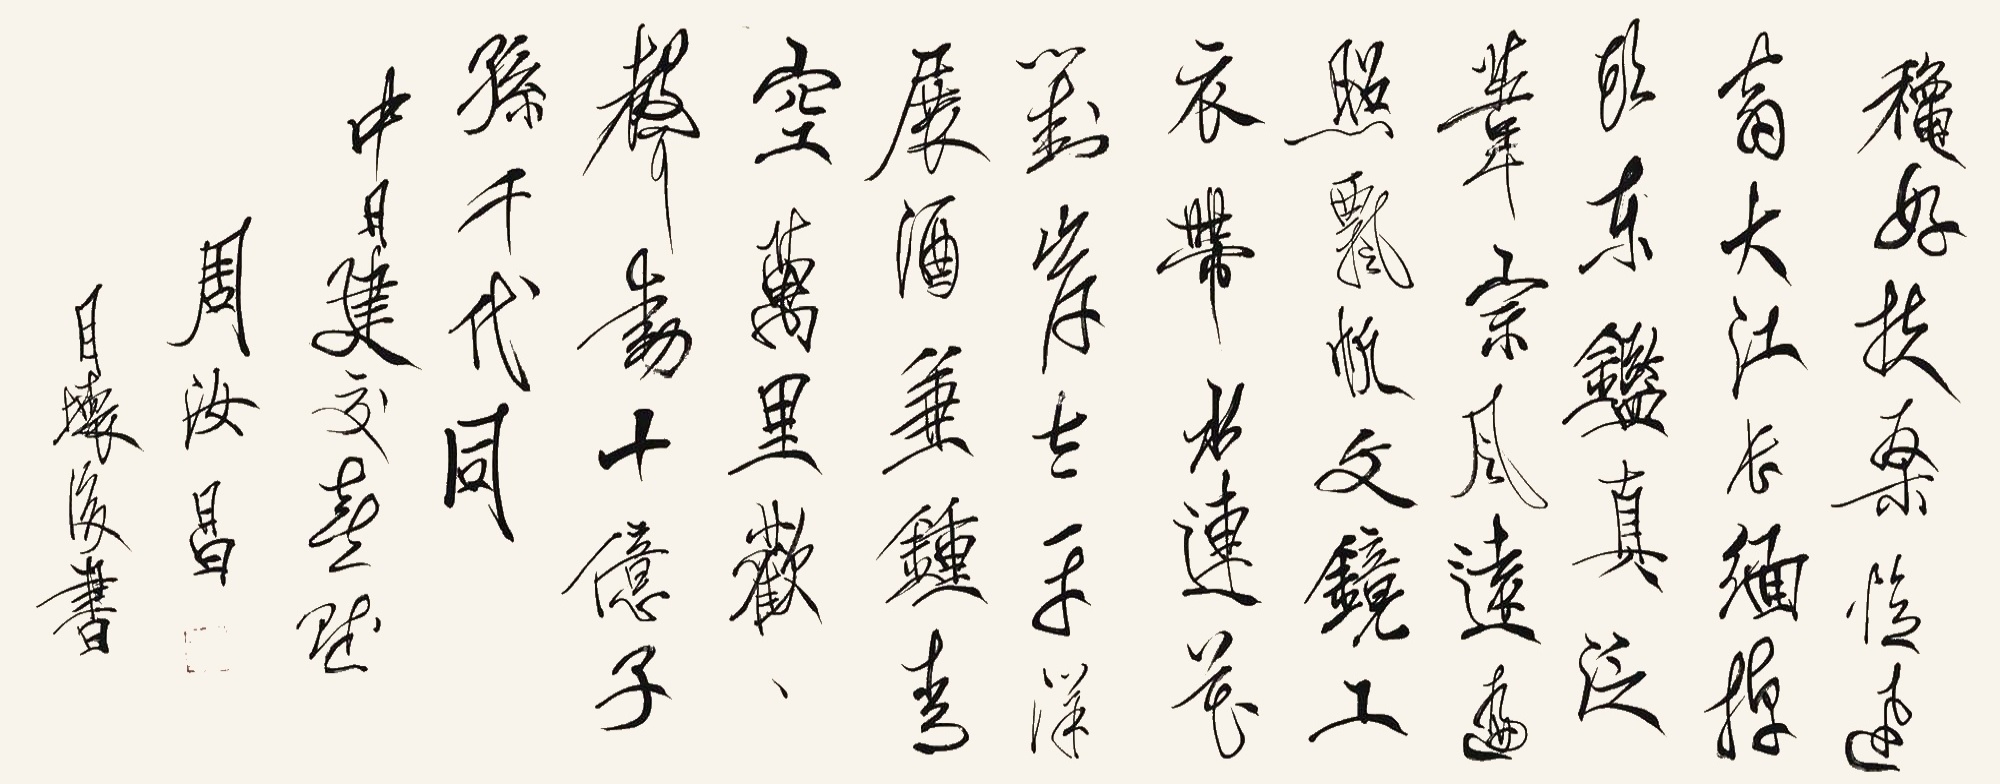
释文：秋好扶桑忆迅翁，大江长缅掉头东。鉴真泛苇宗风远，遍照飘帆文镜工。衣带水连花对岸，太平洋展酒兼钟。青空万里欢声动，十亿子孙千代同。中日建交喜赋，周汝昌目坏后书。